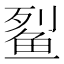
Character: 𫚓